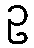
ဥ